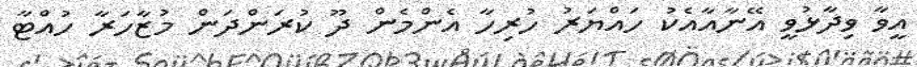
އީވާ ވިދާޅުވީ އޭނާއާއެކު ހައްޔަރު ހުރިހާ އެންމެން ދޫ ކުރަންދަން މުޒާހަރާ ހުއްޓާ